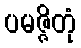
ပမဇ္ဇိတုံ